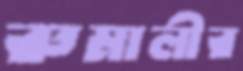
রুমালীর